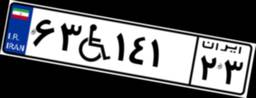
۲۱W۱۶۹۹۰